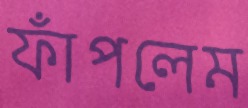
ফাঁপলেম